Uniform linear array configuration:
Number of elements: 4
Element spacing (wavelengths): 1
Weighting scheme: uniform
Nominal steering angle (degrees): -45
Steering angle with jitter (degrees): -46.706
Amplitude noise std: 0.05
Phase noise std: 0.05

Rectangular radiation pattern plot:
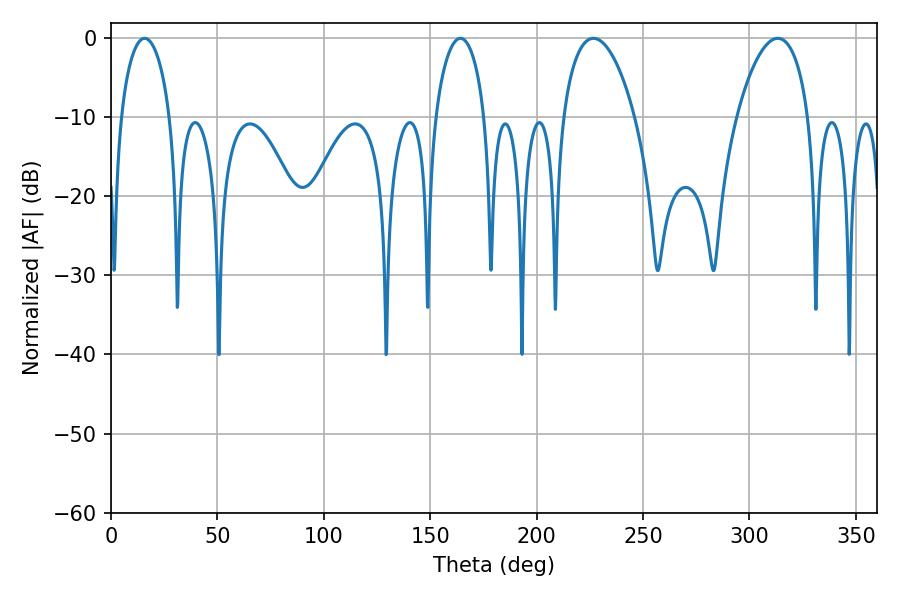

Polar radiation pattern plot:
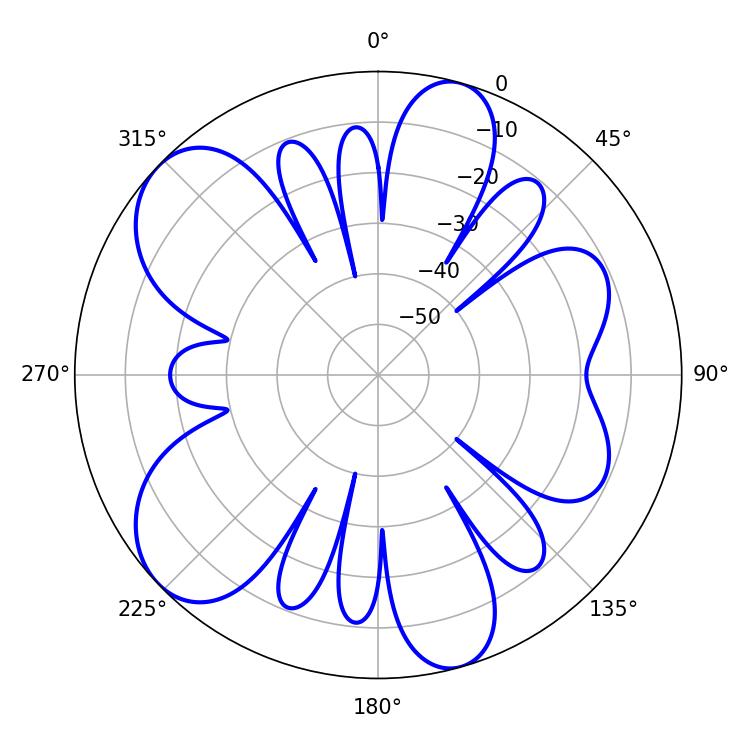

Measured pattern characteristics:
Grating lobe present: TRUE
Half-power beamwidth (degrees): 13.14
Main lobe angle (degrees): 15.84